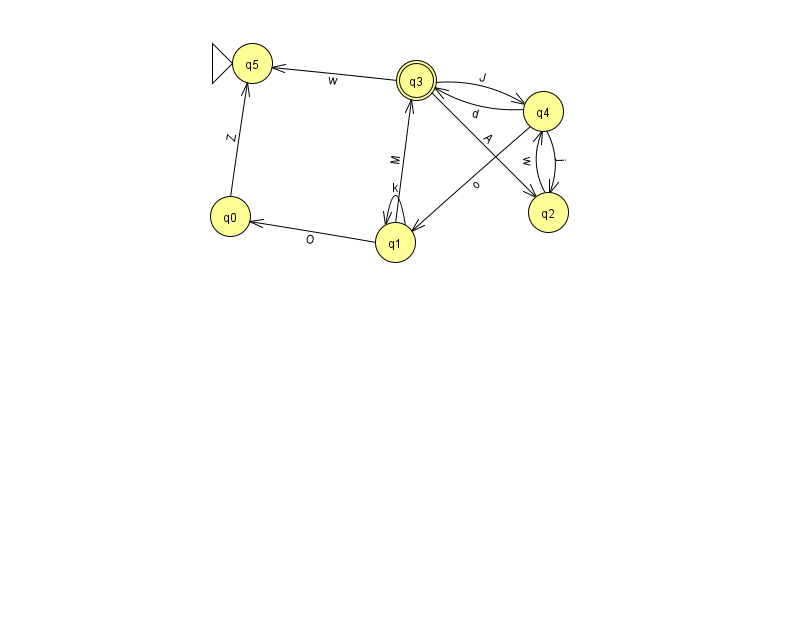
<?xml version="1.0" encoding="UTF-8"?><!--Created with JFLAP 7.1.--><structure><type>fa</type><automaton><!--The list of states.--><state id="0" name="q0"><x>230.0</x><y>203.0</y></state><state id="1" name="q1"><x>395.0</x><y>229.0</y></state><state id="2" name="q2"><x>548.0</x><y>199.0</y></state><state id="3" name="q3"><x>416.0</x><y>67.0</y><final/></state><state id="4" name="q4"><x>543.0</x><y>98.0</y></state><state id="5" name="q5"><x>252.0</x><y>50.0</y><initial/></state><!--The list of transitions.--><transition><from>3</from><to>2</to><read>A</read></transition><transition><from>3</from><to>5</to><read>w</read></transition><transition><from>2</from><to>4</to><read>w</read></transition><transition><from>1</from><to>0</to><read>O</read></transition><transition><from>0</from><to>5</to><read>Z</read></transition><transition><from>4</from><to>3</to><read>d</read></transition><transition><from>3</from><to>4</to><read>J</read></transition><transition><from>4</from><to>2</to><read>j</read></transition><transition><from>1</from><to>1</to><read>k</read></transition><transition><from>4</from><to>1</to><read>o</read></transition><transition><from>1</from><to>3</to><read>M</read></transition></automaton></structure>